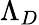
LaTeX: \Lambda_{D}